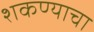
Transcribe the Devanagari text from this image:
शकण्याचा